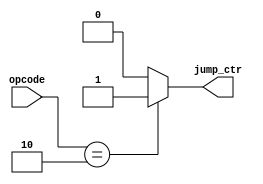
module JUMP_control_unit(opcode,jump_ctr);
input [5:0] opcode;
output reg jump_ctr;

initial
begin
jump_ctr <= 0;
end

always @ (*)
begin
if(opcode == 2)
	jump_ctr <= 1;
else
	jump_ctr <= 0;
end 
endmodule